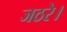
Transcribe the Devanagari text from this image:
जठरे।